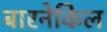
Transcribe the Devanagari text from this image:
बारनेकिल